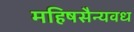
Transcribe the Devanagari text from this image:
महिषसैन्यवध